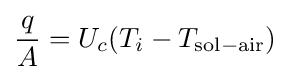
{\frac {q}{A}}=U_{c}(T_{i}-T_{\mathrm {sol-air} })